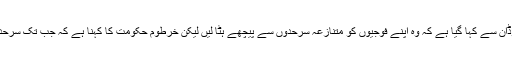
اقوام متحدہ کی قرارداد بدھ نو مئی سے نافذالعمل ہے اور اس میں سوڈان اور جنوبی سوڈان سے کہا گیا ہے کہ وہ اپنے فوجیوں کو متنازعہ سرحدوں سے پیچھے ہٹا لیں لیکن خرطوم حکومت کا کہنا ہے کہ جب تک سرحدی سمجھوتا نہیں طے پاجاتا،اس وقت تک وہ اس قرارداد پر عمل درآمد نہیں کرسکتی۔